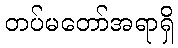
တပ်မတော်အရာရှိ